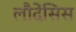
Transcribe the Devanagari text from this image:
लौदेंसिस